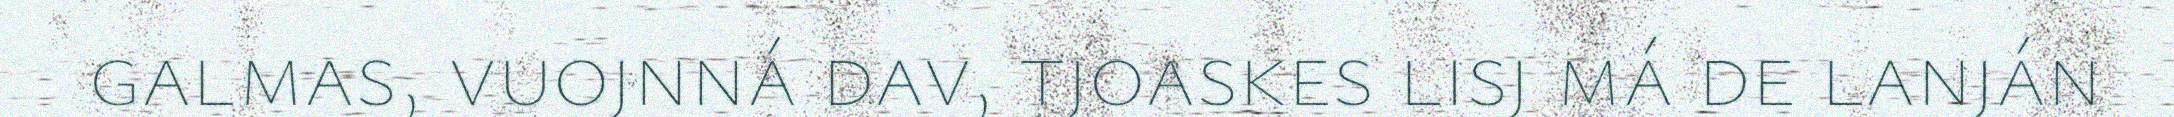
galmas, vuojnná dav, tjoaskes lisj má de lanján